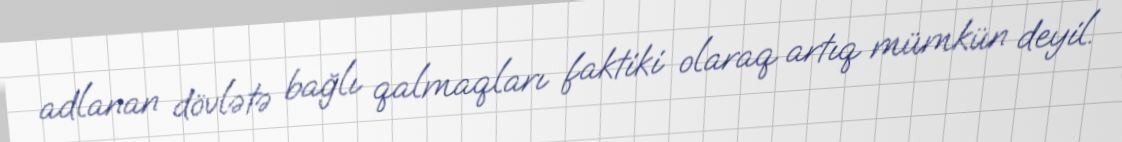
adlanan dövlətə bağlı qalmaqları faktiki olaraq artıq mümkün deyil.